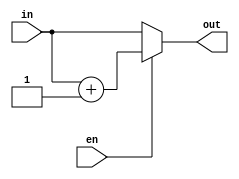
module Incrementor  #(parameter WORD_LENGTH=32)(in,en,out);

input [WORD_LENGTH-1:0] in;
input en;
output [WORD_LENGTH-1:0] out;

assign out = (en)? in + 1 :in;

endmodule